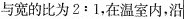
与宽的比为$$2:1$$，在温室内，沿